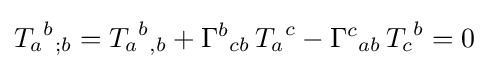
{T_{a}}^{b}{}_{;b}={T_{a}}^{b}{}_{,b}+{\Gamma ^{b}}_{cb}\,{T_{a}}^{c}-{\Gamma ^{c}}_{ab}\,{T_{c}}^{b}=0